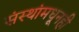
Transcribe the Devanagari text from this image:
संस्थांमधूनही